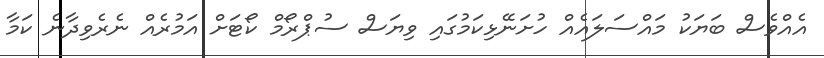
އެއްވެސް ބަޔަކު މައްސަލައެއް ހުށަނޭޅިކަމުގައި ވިޔަސް ސުޕްރޯމް ކޯޓަށް އަމުރެއް ނެރެވިދާނެ ކަމާ